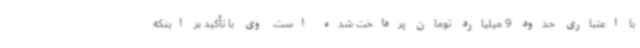
با اعتباری حدود 9 میلیارد تومان پرداخت شده است. وی با تأکید بر اینکه